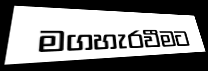
මගහැරවීමට